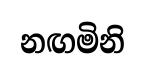
නඟමිනි